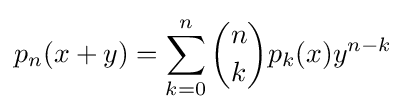
p_{n}(x+y)=\sum _{k=0}^{n}{\binom {n}{k}}p_{k}(x)y^{n-k}